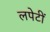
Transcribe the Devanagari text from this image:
लपेटीं